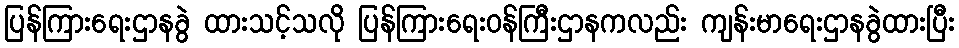
ပြန်ကြားရေးဌာနခွဲ ထားသင့်သလို ပြန်ကြားရေးဝန်ကြီးဌာနကလည်း ကျန်းမာရေးဌာနခွဲထားပြီး